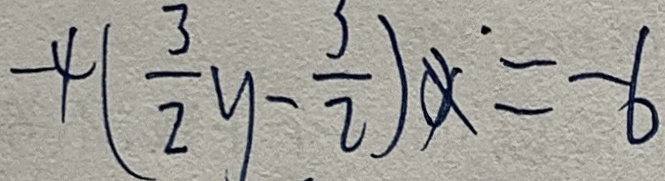
- 4 ( \frac { 3 } { 2 } y - \frac { 3 } { 2 } ) x = - 6